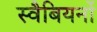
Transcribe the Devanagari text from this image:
स्वैबियनों